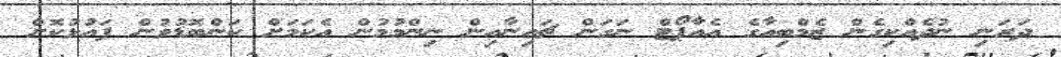
ދަރަނި ނުދެއްކިގެން ޒެމްބިއާގެ އެއާޕޯޓް ނަގަން ޗައިނާއިން ނިންމުމުން އެކަމަށް ކަންބޮޑުވުން ފައުޅުކޮށް